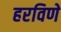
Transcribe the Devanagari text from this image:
हरविणे